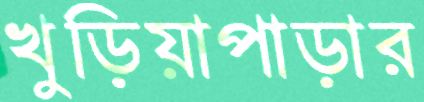
খুড়িয়াপাড়ার